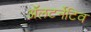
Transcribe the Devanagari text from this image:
ॲलटर्नेटिव